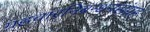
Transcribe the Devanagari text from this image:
ग्रहचारनिबन्धनसंग्रह